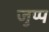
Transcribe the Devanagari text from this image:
जुप्प